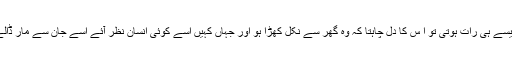
جیسے ہی رات ہوتی تو ا س کا دل چاہتا کہ وہ گھر سے نکل کھڑا ہو اور جہاں کہیں اسے کوئی انسان نظر آئے اسے جان سے مار ڈالے۔